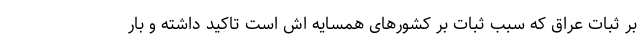
بر ثبات عراق که سبب ثبات بر کشورهای همسایه اش است تاکید داشته و بار